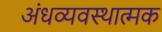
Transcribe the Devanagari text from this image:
अंधव्यवस्थात्मक